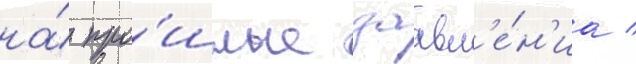
на́ про́шлые заавл'е́н'иа /